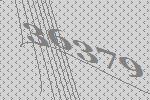
36379